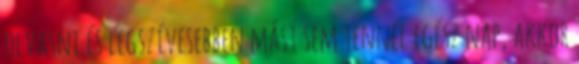
olvasni és legszívesebben mást sem tennél egész nap, akkor